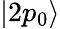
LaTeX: |2p_{0}\rangle